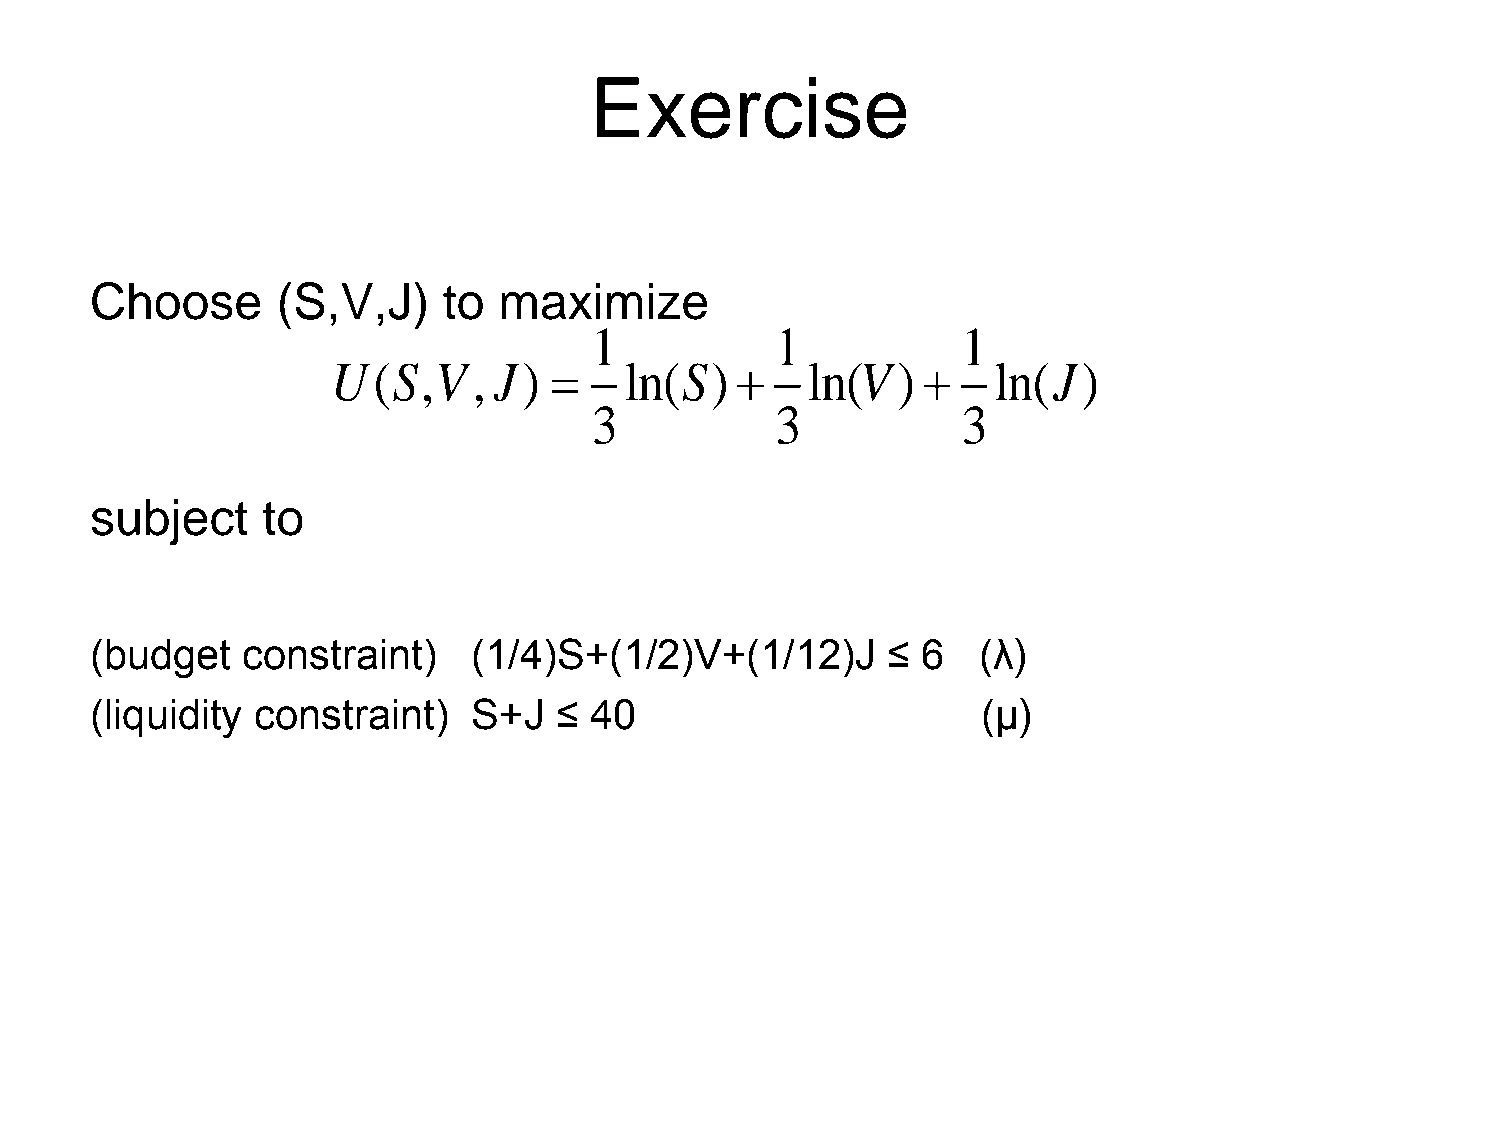
Exercise
 Choose      (S,V,J)    to  maximize
 1           1            1
 U(S,V,     J)     ln(S)      ln(V  )     ln(J)
 3           3            3
 subject    to
 (budget   constraint)    (1/4)S+(1/2)V+(1/12)J       ≤ 6   (λ)
 (liquidity constraint)   S+J   ≤ 40                        (μ)